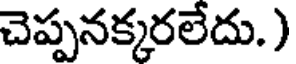
చెప్పనక్కరలేదు. )